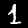
Digit: 1